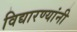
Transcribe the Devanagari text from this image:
विद्यारण्यांनी